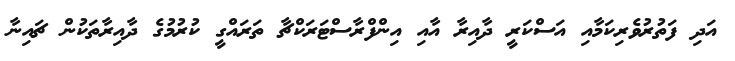
އަދި ފަތުރުވެރިކަމާއި އަސްކަރީ ދާއިރާ އާއި އިންފްރާސްޓަރަކްޗާ ތަރައްގީ ކުުރުމުގެ ދާއިރާތަކުން ޗައިނާ